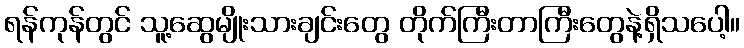
ရန်ကုန်တွင် သူ့ဆွေမျိုးသားချင်းတွေ တိုက်ကြီးတာကြီးတွေနဲ့ရှိသပေါ့။